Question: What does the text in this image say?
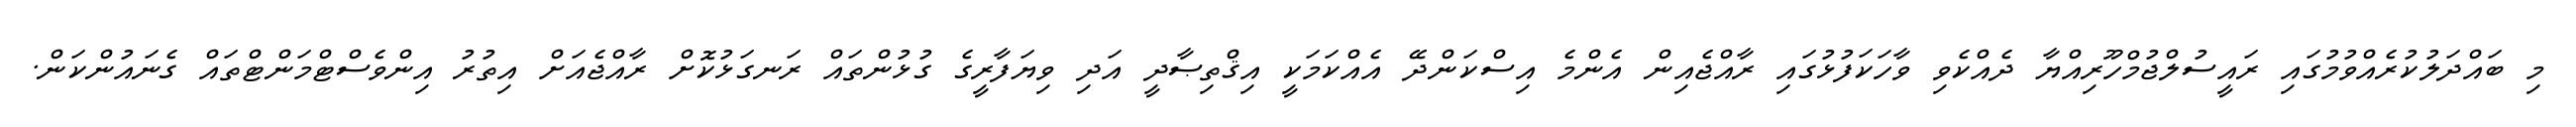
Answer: މި ބައްދަލުކުރެއްވުމުގައި ރައީސުލްޖުމްހޫރިއްޔާ ދެއްކެވި ވާހަކަފުޅުގައި ރާއްޖެއިން އެންމެ އިސްކަންދޭ އެއްކަމަކީ އިޤްތިޞާދީ އަދި ވިޔަފާރީގެ ގުޅުންތައް ރަނގަޅުކޮށް ރާއްޖެއަށް އިތުރު އިންވެސްޓްމަންޓްތައް ގެނައުންކަން.